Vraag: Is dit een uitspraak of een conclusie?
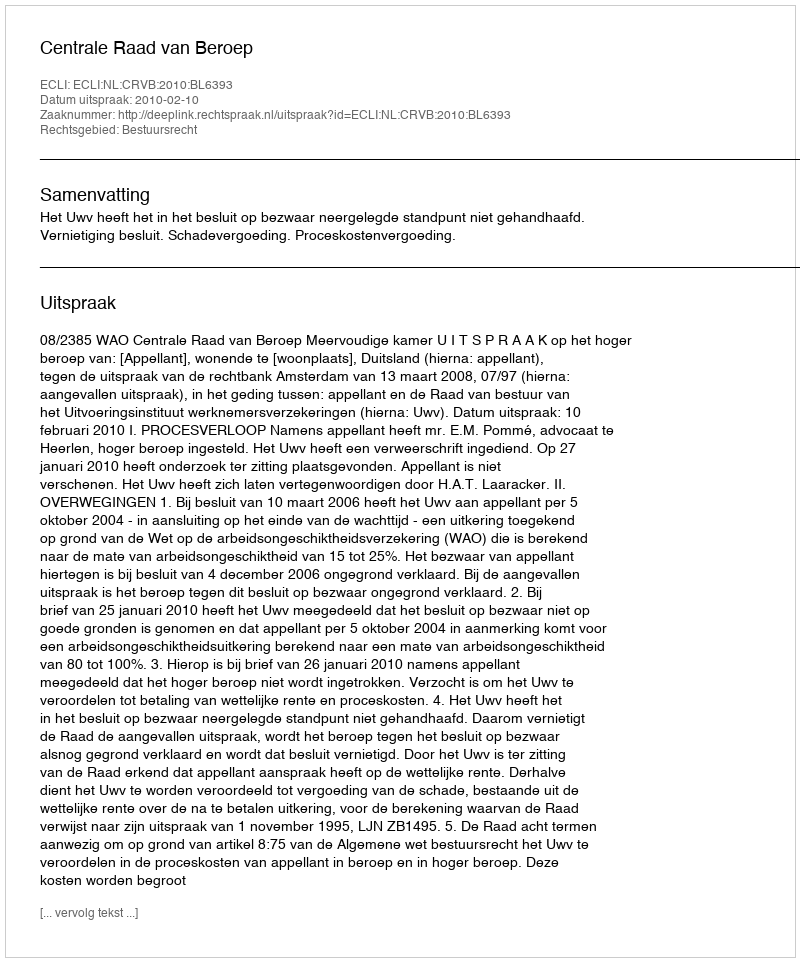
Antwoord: Uitspraak